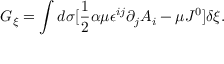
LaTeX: G _ { \xi } = \int d \sigma [ \frac { 1 } { 2 } \alpha \mu \epsilon ^ { i j } \partial _ { j } A _ { i } - \mu J ^ { 0 } ] \delta \xi .